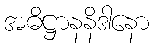
အဓိဋ္ဌာနနိဒါနော